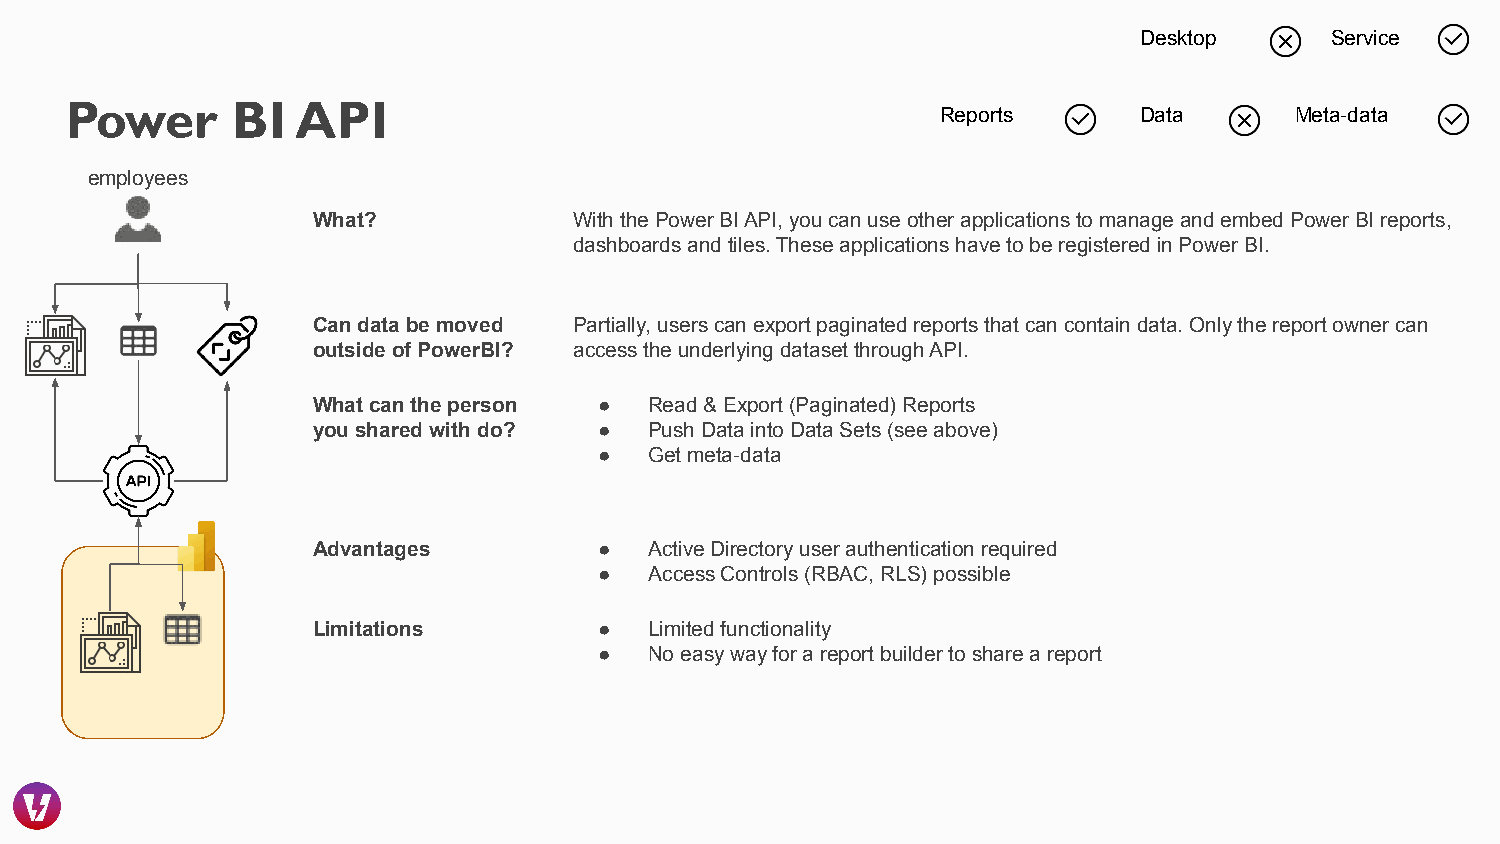
Desktop      Service
 Power      BI   API
 Reports      Data       Meta-data
 employees
 What?            With the Power BI API, you can use other applications to manage and embed Power BI reports,
 dashboards and tiles. These applications have to be registered in Power BI.
 Can data be moved Partially, users can export paginated reports that can contain data. Only the report owner can
 outside of PowerBI? access the underlying dataset through API.
 What can the person ● Read & Export (Paginated) Reports
 you shared with do? ● Push Data into Data Sets (see above)
 ●  Get meta-data
 Advantages         ●  Active Directory user authentication required
 ●  Access Controls (RBAC, RLS) possible
 Limitations        ●  Limited functionality
 ●  No easy way for a report builder to share a report